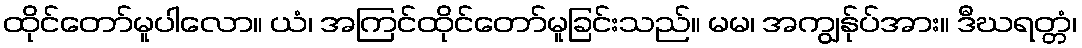
ထိုင်တော်မူပါလော။ ယံ၊ အကြင်ထိုင်တော်မူခြင်းသည်။ မမ၊ အကျွန်ုပ်အား။ ဒီဃရတ္တံ၊